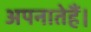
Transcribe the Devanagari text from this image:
अपनातेहैं।